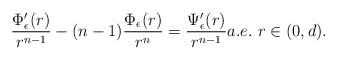
LaTeX: \begin{align*} \frac{\Phi^\prime_\epsilon(r)}{r^{n-1}} - (n-1)\frac{\Phi_\epsilon(r)}{r^{n}} = \frac{\Psi^\prime_\epsilon(r)}{r^{n-1}} a.e.\ r\in(0,d).\end{align*}